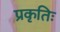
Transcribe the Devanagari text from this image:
प्रकृतिः